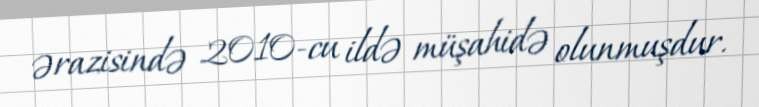
ərazisində 2010-cu ildə müşahidə olunmuşdur.